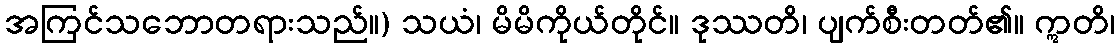
အကြင်သဘောတရားသည်။) သယံ၊ မိမိကိုယ်တိုင်။ ဒုဿတိ၊ ပျက်စီးတတ်၏။ ဣတိ၊